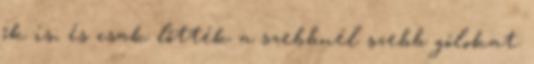
ők is, és csak lőtték a szebbnél szebb gólokat.